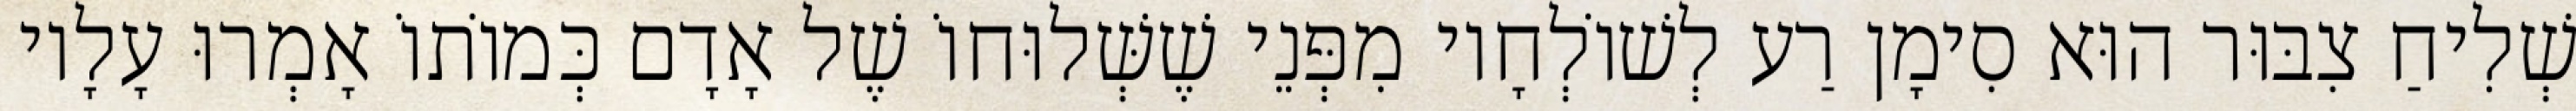
שְׁלִיחַ צִבּוּר הוּא סִימָן רַע לְשׁוֹלְחָיו מִפְּנֵי שֶׁשְּׁלוּחוֹ שֶׁל אָדָם כְּמוֹתוֹ אָמְרוּ עָלָיו